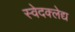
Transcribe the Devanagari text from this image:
स्वेदक्लेद्य